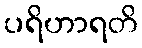
ပရိဟာရတိ